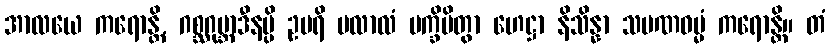
အာလယေ ကရောန္တိ, ဂစ္ဆဂုမ္ဘာဒီနမ္ပိ ဥပရိ ပလာလံ ပက္ခိပိတွာ ဟေဋ္ဌာ နိသိန္နာ သမဏဓမ္မံ ကရောန္တိ။ တံ